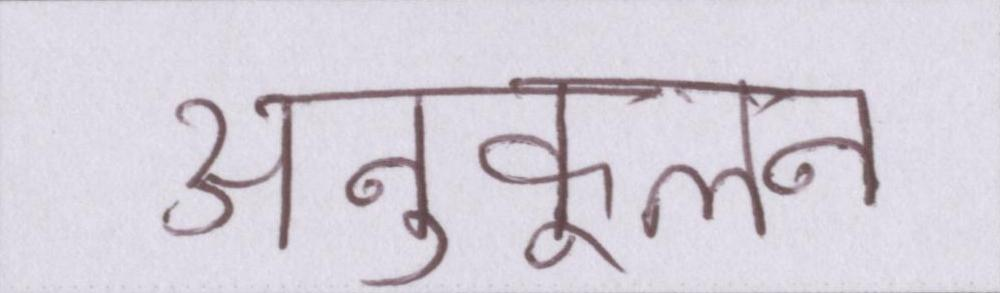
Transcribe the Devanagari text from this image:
अनुकूलन